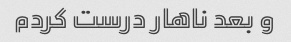
و بعد ناهار درست کردم